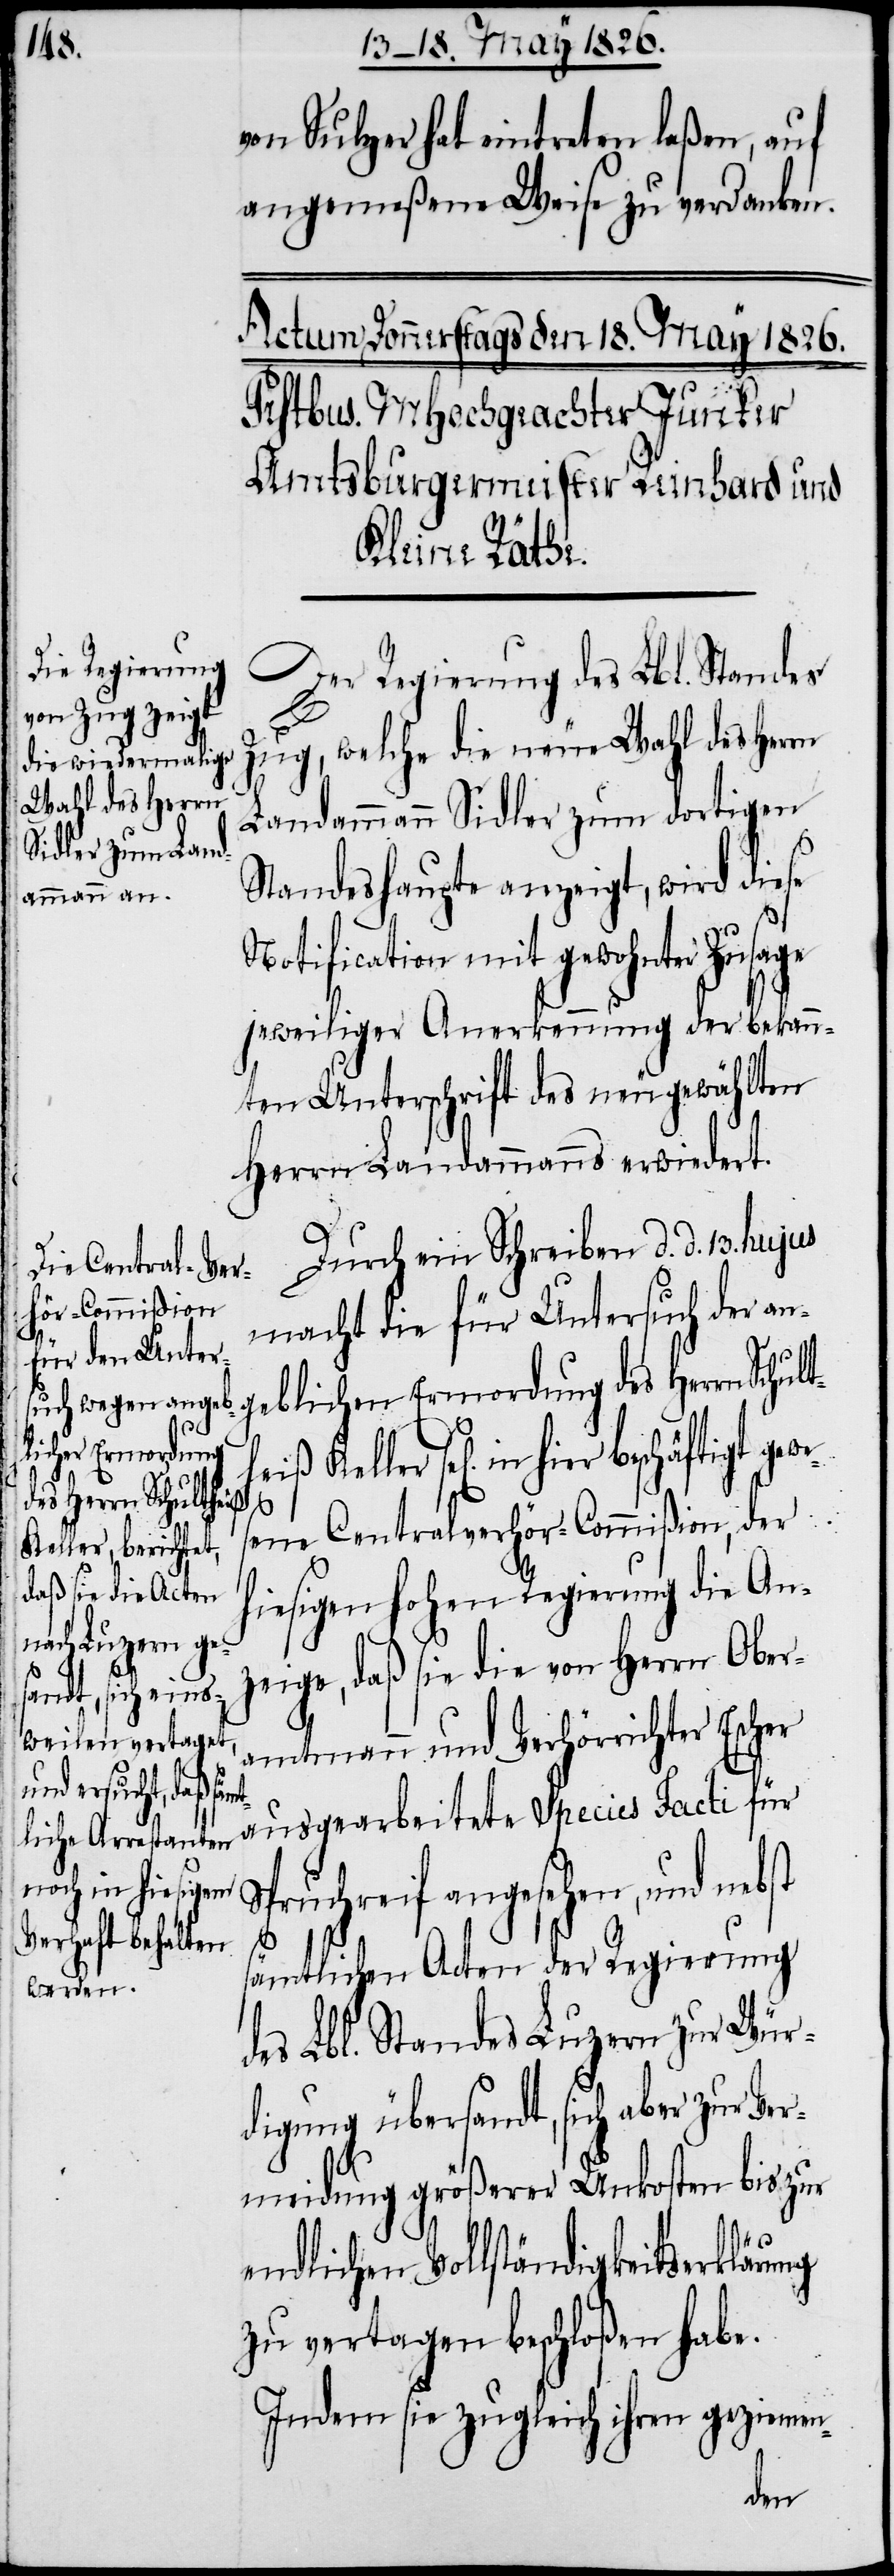
von Sulzer hat eintreten laßen, auf
angemeßene Weise zu verdanken.
Der Regierung des Lbl. Standes
Zug, welche die neue Wahl des Herrn
Landammann Sidler zum dortigen
Standeshaupte anzeigt, wird diese
Notification mit gewohnter Zusage
jeweiliger Anerkennung der bekan¬
nten Unterschrift des neu gewählten
Herrn Landammanns erwiedert.
Durch ein Schreiben d. d. 13. hujus
macht die für Untersuch der an¬
ng
geblichen Ermordung des Herrn Schult¬
ler sel[igen] in hier beschäftigt gewe¬
sene Centralverhör-Commißion, der
hiesigen hohen Regierung die An¬
zeige, daß sie die von Herrn Ober¬
amtmann und Verhörrichter Escher
ausgearbeitete Species Facti für
Spruchreif angesehen, und nebst
sämtlichen Acten der Regierung
des Lbl. Standes Luzern zur Wür¬
digung übersandt, sich aber zur Ve¬
rmeidung größerer Unkosten bis zur
endlichen Vollständigkeitserkläru¬
zu vertagen beschloßen habe.
Indem sie zugleich ihren geziemen-
Kel¬